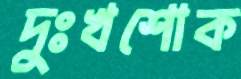
দুঃখশোক